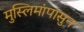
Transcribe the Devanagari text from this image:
मुस्लिमांपासुन